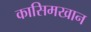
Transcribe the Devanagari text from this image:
कासिमखान